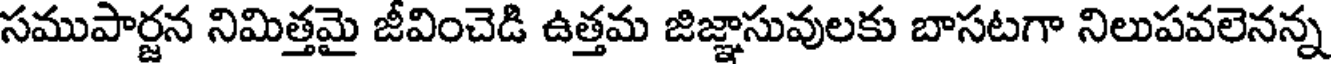
సముపార్జన నిమిత్తమై జీవించెడి ఉత్తమ జిజ్ఞాసువులకు బాసటగా నిలుపవలెనన్న